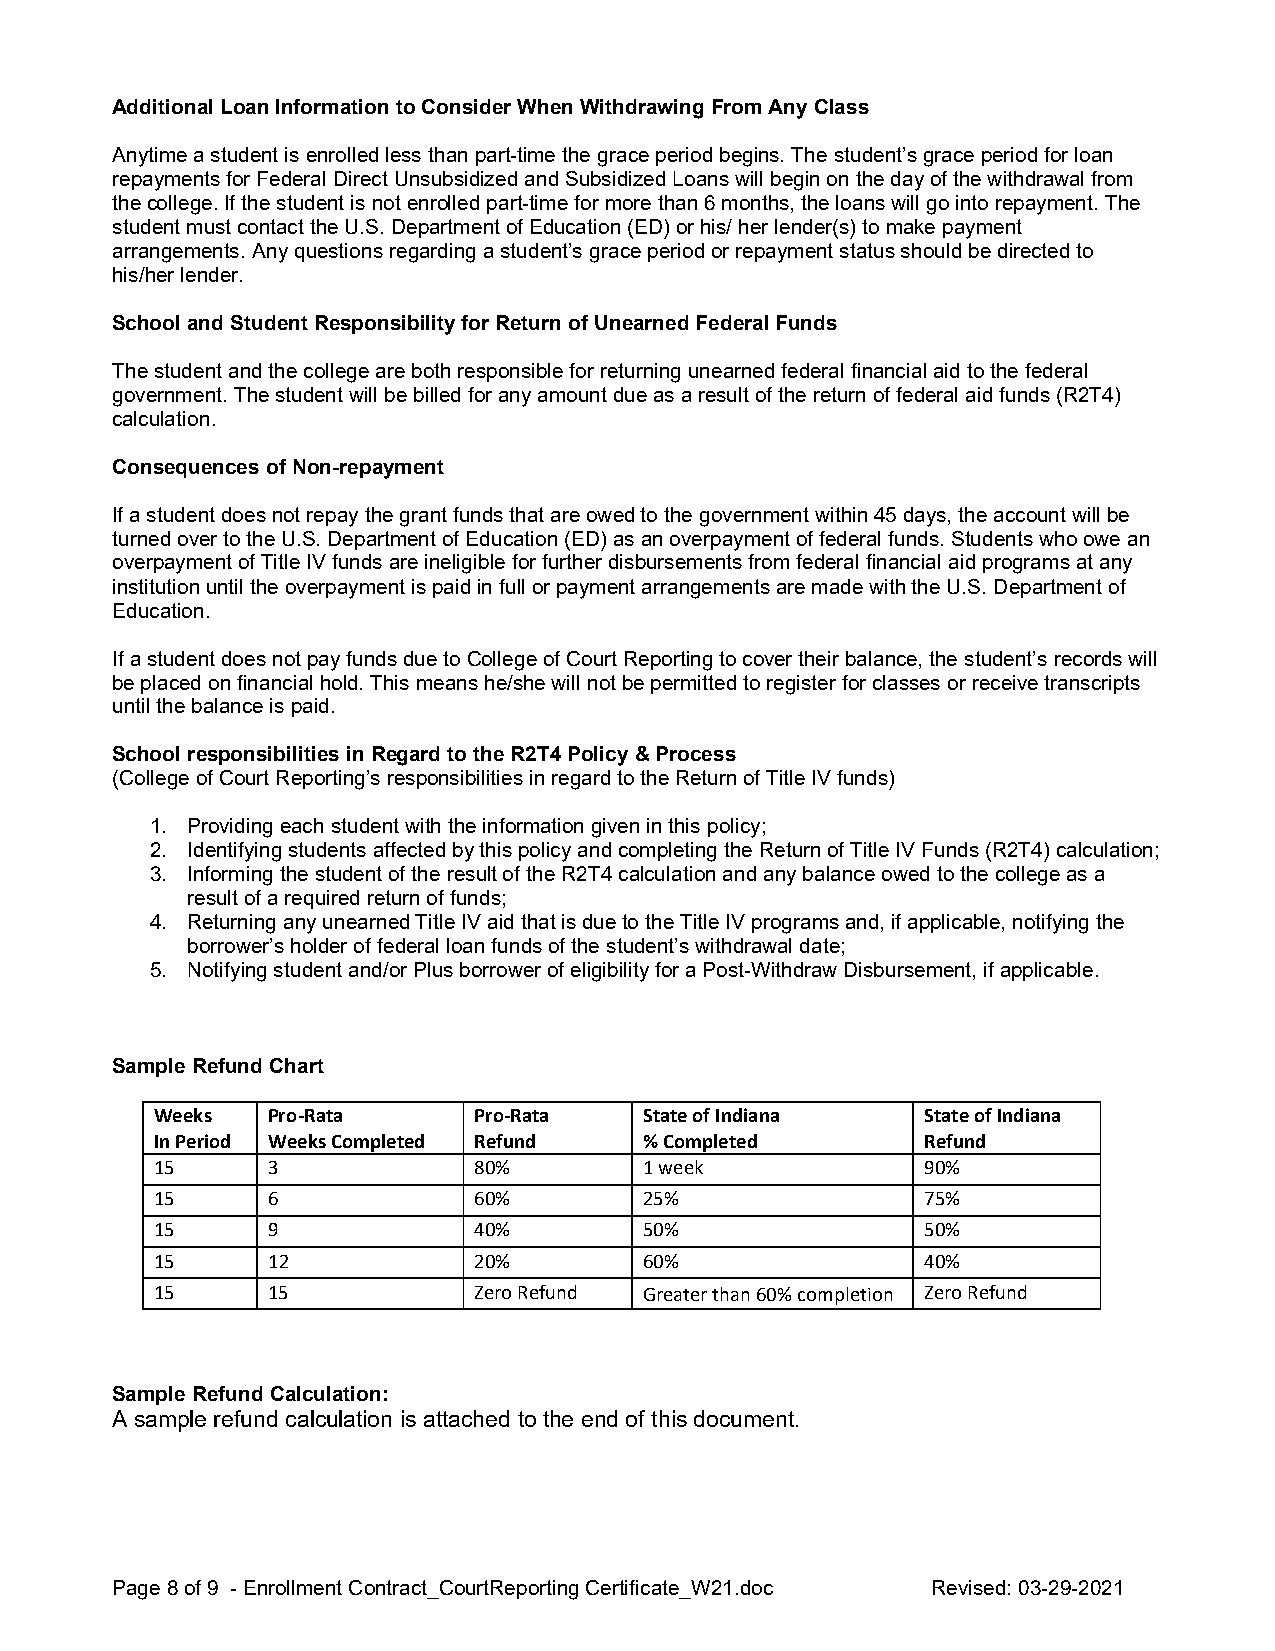
Additional Loan Information to Consider When Withdrawing From Any Class
 Anytime a student is enrolled less than part-time the grace period begins. The student’s grace period for loan
 repayments for Federal Direct Unsubsidized and Subsidized Loans will begin on the day of the withdrawal from
 the college. If the student is not enrolled part-time for more than 6 months, the loans will go into repayment. The
 student must contact the U.S. Department of Education (ED) or his/ her lender(s) to make payment
 arrangements. Any questions regarding a student’s grace period or repayment status should be directed to
 his/her lender.
 School and Student Responsibility for Return of Unearned Federal Funds
 The student and the college are both responsible for returning unearned federal financial aid to the federal
 government. The student will be billed for any amount due as a result of the return of federal aid funds (R2T4)
 calculation.
 Consequences of Non-repayment
 If a student does not repay the grant funds that are owed to the government within 45 days, the account will be
 turned over to the U.S. Department of Education (ED) as an overpayment of federal funds. Students who owe an
 overpayment of Title IV funds are ineligible for further disbursements from federal financial aid programs at any
 institution until the overpayment is paid in full or payment arrangements are made with the U.S. Department of
 Education.
 If a student does not pay funds due to College of Court Reporting to cover their balance, the student’s records will
 be placed on financial hold. This means he/she will not be permitted to register for classes or receive transcripts
 until the balance is paid.
 School responsibilities in Regard to the R2T4 Policy & Process
 (College of Court Reporting’s responsibilities in regard to the Return of Title IV funds)
 1. Providing each student with the information given in this policy;
 2. Identifying students affected by this policy and completing the Return of Title IV Funds (R2T4) calculation;
 3. Informing the student of the result of the R2T4 calculation and any balance owed to the college as a
 result of a required return of funds;
 4. Returning any unearned Title IV aid that is due to the Title IV programs and, if applicable, notifying the
 borrower’s holder of federal loan funds of the student’s withdrawal date;
 5. Notifying student and/or Plus borrower of eligibility for a Post-Withdraw Disbursement, if applicable.
 Sample Refund Chart
 Weeks   Pro-Rata     Pro-Rata    State of Indiana  State of Indiana
 In Period Weeks Completed Refund % Completed       Refund
 15      3            80%         1 week            90%
 15      6            60%         25%               75%
 15      9            40%         50%               50%
 15      12           20%         60%               40%
 15      15           Zero Refund Greater than 60% completion Zero Refund
 Sample Refund Calculation:
 A sample refund calculation is attached to the end of this document.
 Page 8 of 9 - Enrollment Contract_CourtReporting Certificate_W21.doc Revised: 03-29-2021